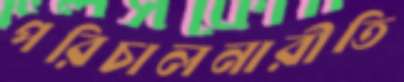
পরিচালনারীতি